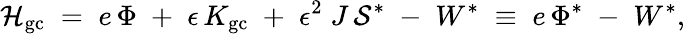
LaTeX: {\cal H}_{\mathrm{gc}}\; =\; e\, \Phi\; +\; \epsilon\, K_{\mathrm{gc}}\; +\; \epsilon^{2}\; J\, {\cal S}^{*}\; -\; W^{*}\; \equiv\; e\, \Phi^{*}\; -\; W^{*},